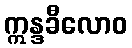
ဣန္ဒခီလောဝ